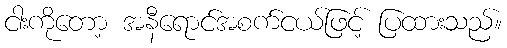
ငါးကိုတော့ အနီရောင်အစက်ငယ်ဖြင့် ပြထားသည်။